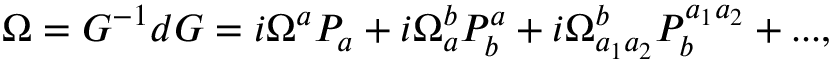
\Omega = G ^ { - 1 } d G = i \Omega ^ { a } P _ { a } + i \Omega _ { a } ^ { b } P _ { b } ^ { a } + i \Omega _ { a _ { 1 } a _ { 2 } } ^ { b } P _ { b } ^ { a _ { 1 } a _ { 2 } } + . . . ,